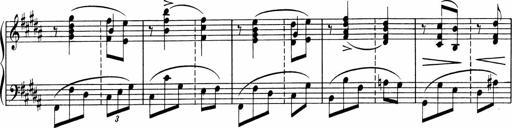
Title: Sonatine pour piano
Composer: Albert Roussel